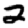
Digit: 2